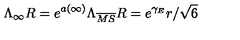
\Lambda _ { \infty } R = e ^ { a ( \infty ) } \Lambda _ { \overline { { M S } } } R = e ^ { \gamma _ { E } } r / \sqrt { 6 }